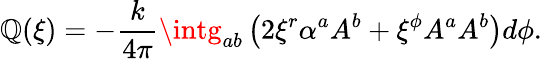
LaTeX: \mathbb{Q}(\xi)=-{\frac{{k}}{{4\pi}}}\intg_{ab}\left(2\xi^{r}\alpha^{a}A^{b}+\xi^{\phi}A^{a}A^{b}\right)d\phi.